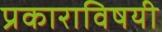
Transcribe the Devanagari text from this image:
प्रकाराविषयी